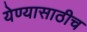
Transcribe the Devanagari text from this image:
येण्यासाठीच